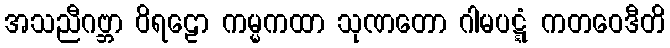
အသညီဂဗ္ဘာ ဝိရဠော ကမ္မကထာ သုဏတော ဂါမပဋ္ဋံ ကတဝေဒီတိ